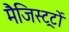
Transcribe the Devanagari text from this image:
मैजिस्ट्रटों